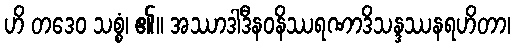
ဟိ တဒေဝ သစ္စံ၊ ၏။ အဿာဒါဒီနဝနိဿရဏာဒိသန္ဒဿနရဟိတာ၊